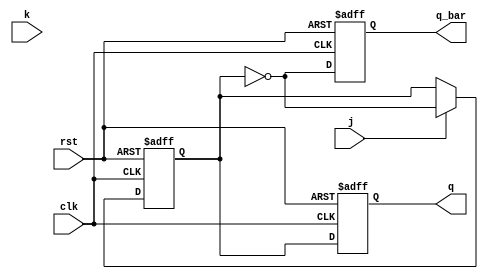
module jk_ff (
   input j,
   input k,
   input clk,
   input rst,
   output reg q,
   output reg q_bar
);

reg master_q;
always @(posedge clk or negedge rst) begin
   if (rst == 1'b0) begin
      master_q <= 1'b0;
   end else begin
      master_q <= j ? ~master_q : (k ? master_q : master_q);
   end
end

always @(negedge clk or negedge rst) begin
   if (rst == 1'b0) begin
      q <= 1'b0;
      q_bar <= 1'b1;
   end else begin
      q <= master_q;
      q_bar <= ~master_q;
   end
end

endmodule